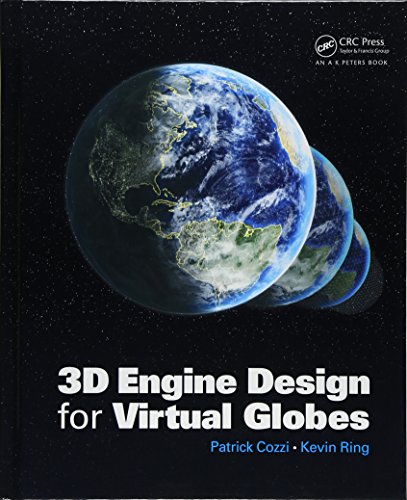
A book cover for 3D Engine Design for Virtual Globes; Patrick Cozzi; Computers & Technology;